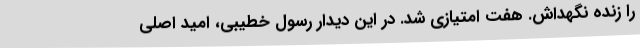
را زنده نگهداش. هفت امتیازی شد. در این دیدار رسول خطیبی، امید اصلی